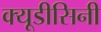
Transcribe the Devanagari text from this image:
क्यूडीसिनी